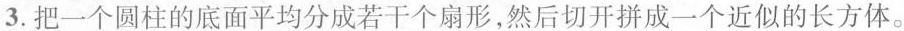
3.把一个圆柱的底面平均分成若干个扇形，然后切开拼成一个近似的长方体。